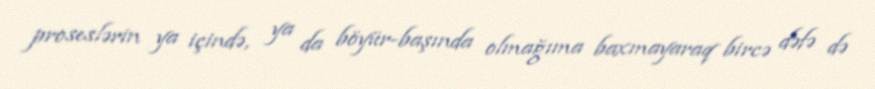
proseslərin ya içində, ya da böyür-başında olmağıma baxmayaraq bircə dəfə də